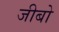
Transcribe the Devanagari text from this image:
जीबो